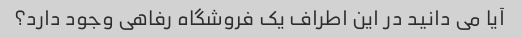
آیا می دانید در این اطراف یک فروشگاه رفاهی وجود دارد؟